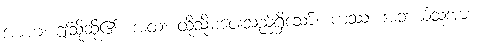
အာဟ၊ ဤသို့ဆို၏။ အထ၊ ထိုသို့မပေးသည်ရှိသော်။ ကဿ၊ အဘယ်သူအား။